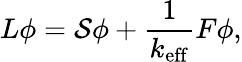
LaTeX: L\phi=\mathcal{S}\phi+\frac{{1}}{{k_{\mathrm{{eff}}}}}F\phi,